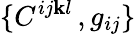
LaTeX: \{ C^{ij\mathbf{k}l}\, ,g_{ij}\}